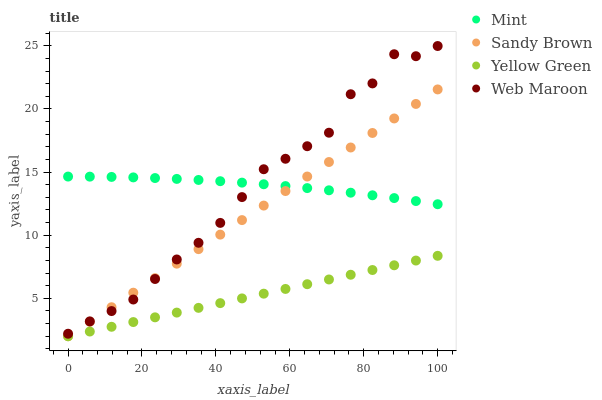
| xaxis_label | Mint | Sandy Brown | Yellow Green | Web Maroon |
 | --- | --- | --- | --- | --- |
 | 0 | 14.6 | 2 | 2 | 2.2 |
 | 5.88 | 14.6 | 3.15 | 2.37 | 3.18 |
 | 11.8 | 14.6 | 4.3 | 2.75 | 3.99 |
 | 17.6 | 14.6 | 5.45 | 3.12 | 4.91 |
 | 23.5 | 14.5 | 6.6 | 3.5 | 6.53 |
 | 29.4 | 14.5 | 7.75 | 3.87 | 8.08 |
 | 35.3 | 14.4 | 8.9 | 4.25 | 9.4 |
 | 41.2 | 14.3 | 10 | 4.62 | 11 |
 | 47.1 | 14.2 | 11.2 | 5 | 13 |
 | 52.9 | 14 | 12.3 | 5.37 | 15.2 |
 | 58.8 | 13.9 | 13.5 | 5.75 | 16.1 |
 | 64.7 | 13.7 | 14.6 | 6.12 | 17 |
 | 70.6 | 13.6 | 15.8 | 6.5 | 18.1 |
 | 76.5 | 13.4 | 16.9 | 6.87 | 21.2 |
 | 82.4 | 13.2 | 18.1 | 7.25 | 22 |
 | 88.2 | 12.9 | 19.2 | 7.62 | 24.3 |
 | 94.1 | 12.7 | 20.4 | 7.99 | 24.2 |
 | 100 | 12.5 | 21.5 | 8.37 | 25 |